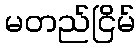
မတည်ငြိမ်